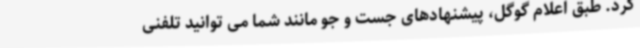
کرد. طبق اعلام گوگل، پیشنهادهای جست و جو مانند شما می توانید تلفنی